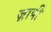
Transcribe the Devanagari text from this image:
ज़ापी